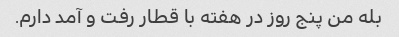
بله من پنج روز در هفته با قطار رفت و آمد دارم.